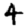
Digit: 4